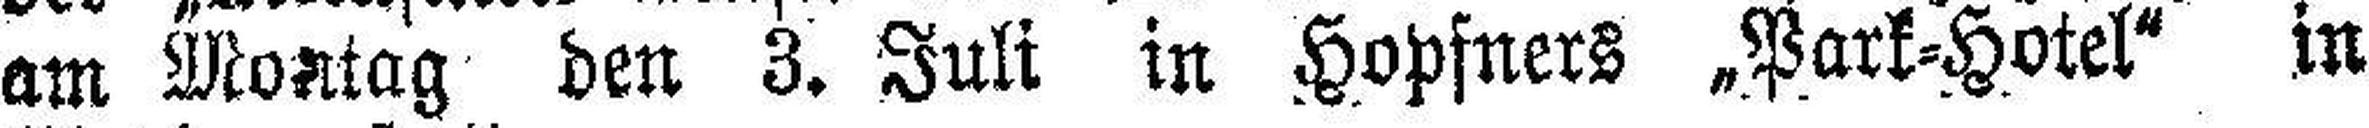
am Montag den 3. Juli in Hopfners „Park=Hotel“ in